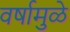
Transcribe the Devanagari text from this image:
वर्षामुळे